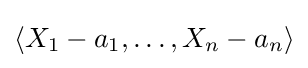
\left\langle X_{1}-a_{1},\dots ,X_{n}-a_{n}\right\rangle